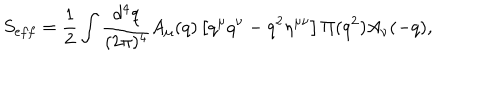
S _ { e f f } = { \frac { 1 } { 2 } } \int { \frac { d ^ { 4 } q } { ( 2 \pi ) ^ { 4 } } } A _ { \mu } ( q ) \left[ q ^ { \mu } q ^ { \nu } - q ^ { 2 } \eta ^ { \mu \nu } \right] \Pi ( q ^ { 2 } ) A _ { \nu } ( - q ) ,